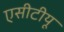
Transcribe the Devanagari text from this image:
एसीटीयू